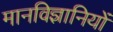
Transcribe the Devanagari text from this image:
मानविज्ञानियों